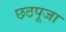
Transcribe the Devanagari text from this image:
छठपूजा